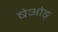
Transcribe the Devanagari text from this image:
षेओङ्